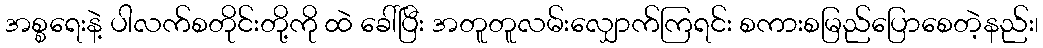
အစ္စရေးနဲ့ ပါလက်စတိုင်းတို့ကို ထဲ ခေါ်ပြီး အတူတူလမ်းလျှောက်ကြရင်း စကားစမြည်ပြောစေတဲ့နည်း၊